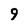
Character: 9